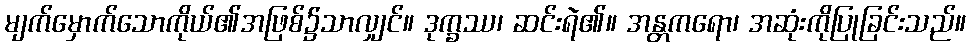
မျက်မှောက်သောကိုယ်၏အဖြစ်၌သာလျှင်။ ဒုက္ခဿ၊ ဆင်းရဲ၏။ အန္တကရော၊ အဆုံးကိုပြုခြင်းသည်။